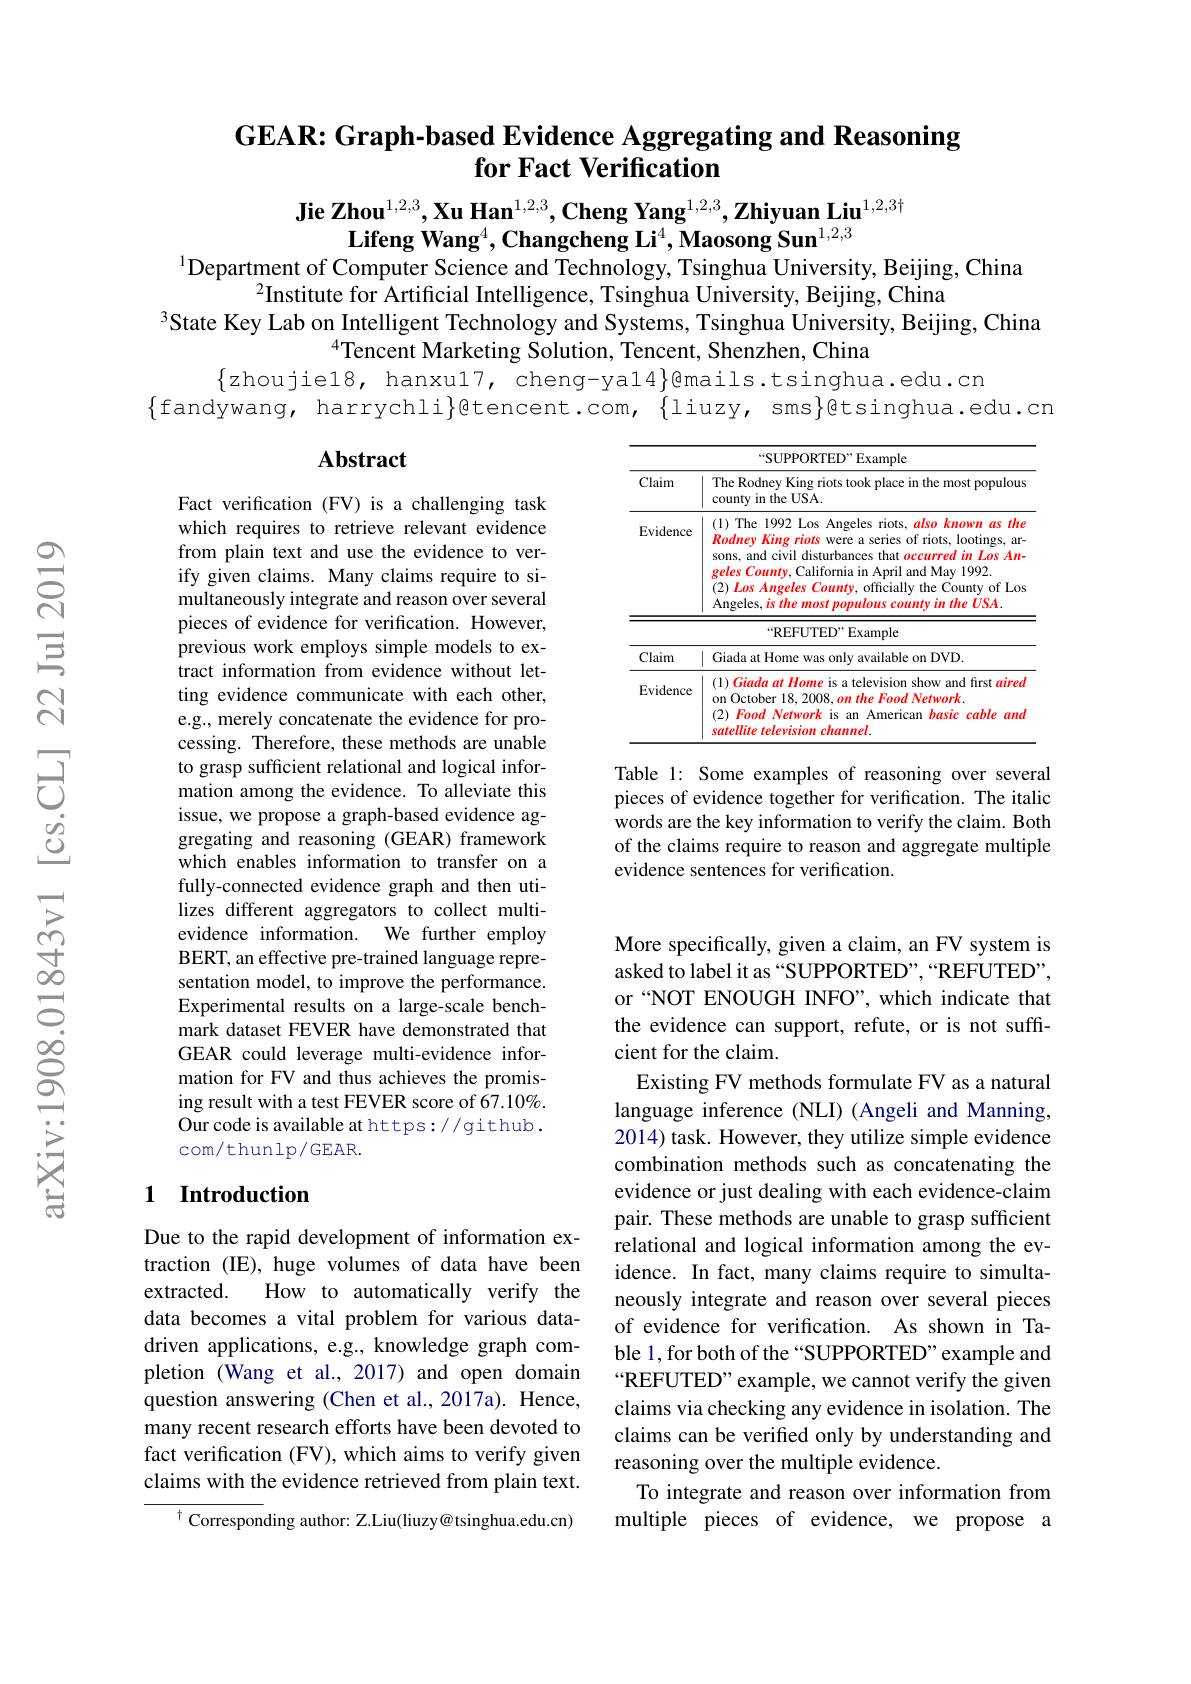
# GEAR: Graph-based Evidence Aggregating and Reasoning for Fact Verification

Jie Zhou$^1,2,3,\textbf{Xu Han}^{1,2,3},\textbf{Cheng Yang}^{1,2,3},\textbf{Zhiyuan Liu}^{1,2,3\dagger}$
Lifeng Wang$^4,\textbf{Changcheng Li}^4,\textbf{Maosong Sun}^{1,2,3}$
$^{1}$Department of Computer Science and Technology, Tsinghua University, Beijing, China

$^{2}$Institute for Artificial Intelligence, Tsinghua University, Beijing, China
3State Key Lab on Intelligent Technology and Systems, Tsinghua University, Beijing, China
$^{4}$Tencent Marketing Solution, Tencent, Shenzhen, China
$\{$zhoujie18, hanxul7, cheng-yal4}@{mails.tsinghua.edu.cn
$\{$fandywang, harrychli$\}$gtencent.com, $\{$liuzy, sms$\}$@tsinghua.edu.cr

### $\mathbf{Abstract}$

<table>
	<tbody>
		<tr>
			<th colspan="2">$“$SUPPORTED” Example</th>
		</tr>
		<tr>
			<th>Claim</th>
			<th>The Rodney King riots took place in the most populous county in the USA.</th>
		</tr>
		<tr>
			<td>Evidence</td>
			<td>(1) The 1992 Los Angeles riots, also known as the Rodney King riots were a series of riots, lootings, ar- sons, and civil disturbances that occurred in Los An- geles County, California in April and May 1992. $( 2) \textit{ Los Angeles County, officially the County of Los}$ Angeles, is the most populous county in the USA</td>
		</tr>
		<tr>
			<td>Claim</td>
			<td>Giada at Home was only available on DVD.</td>
		</tr>
		<tr>
			<td>Evidence</td>
			<td>(1) Giada at Home is a television show and first aired on October 18, 2008, on the Food Network $( 2) \textit{ Food Network is an American}$ 1 basic cable and satellite television chanmel.</td>
		</tr>
	</tbody>
</table>

Table 1: Some examples of reasoning over several pieces of evidence together for verification. The italic words are the key information to verify the claim. Both of the claims require to reason and aggregate multiple evidence sentences for verification.

Fact verification (FV) is a challenging task which requires to retrieve relevant evidence from plain text and use the evidence to verify given claims. Many claims require to simultaneously integrate and reason over several pieces of evidence for verification. However, previous work employs simple models to extract information from evidence without letting evidence communicate with each other, e.g., merely concatenate the evidence for processing. Therefore, these methods are unable to grasp sufficient relational and logical information among the evidence. To alleviate this issue, we propose a graph-based evidence aggregating and reasoning (GEAR) framework which enables information to transfer on a fully-connected evidence graph and then utilizes different aggregators to collect multievidence information. We further employ BERT, an effective pre-trained language representation model, to improve the performance. Experimental results on a large-scale benchmark dataset FEVER have demonstrated that GEAR could leverage multi-evidence information for FV and thus achieves the promising result with a test FEVER score of 67.10%. Our code is available at https://github. com/thunlp/GEAR.

## 1 Introduction

More specifically, given a claim, an FV system is asked to label it as “SUPPORTED”,“REFUTED”, or “NOT ENOUGH INFO”, which indicate that the evidence can support, refute, or is not sufficient for the claim.
Existing FV methods formulate FV as a natural language inference (NLI) (Angeli and Manning, 2014) task. However, they utilize simple evidence combination methods such as concatenating the evidence or just dealing with each evidence-claim pair. These methods are unable to grasp sufficient relational and logical information among the evidence. In fact, many claims require to simultaneously integrate and reason over several pieces of evidence for verification. As shown in Table 1, for both of the “SUPPORTED”example and “REFUTED”example, we cannot verify the given claims via checking any evidence in isolation. The claims can be verifed only by understanding and reasoning over the multiple evidence.
To integrate and reason over information from multiple pieces of evidence, we propose a

Due to the rapid development of information extraction (IE), huge volumes of data have been
How to automatically verify the
extracted.
data becomes a vital problem for various datadriven applications, e.g., knowledge graph completion (Wang et al., 2017) and open domain question answering (Chen et al.,2017a). Hence, many recent research efforts have been devoted to fact verification (FV), which aims to verify given claims with the evidence retrieved from plain text.

$^{\dagger}$Corresponding author: Z.Liu(liuzy@tsinghua.edu.cn)